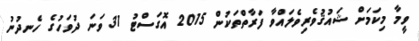
ވީމާ މިކަމަށް ޝައުޤުވެރިވެލައްވާ ފަރާތްތަކުން 2015 އޮގަސްޓު 31 ވަނަ ދުވަހުގެ ހެނދުނު